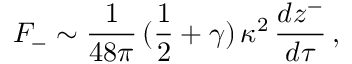
F _ { - } \sim \frac { 1 } { 4 8 \pi } \, ( \frac { 1 } { 2 } + \gamma ) \, \kappa ^ { 2 } \, \frac { d z ^ { - } } { d \tau } \, ,